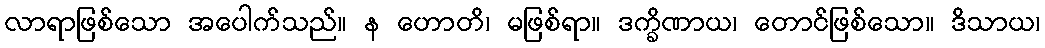
လာရာဖြစ်သော အပေါက်သည်။ န ဟောတိ၊ မဖြစ်ရာ။ ဒက္ခိဏာယ၊ တောင်ဖြစ်သော။ ဒိသာယ၊